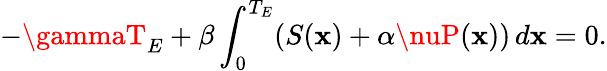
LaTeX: -\gammaT_{E}+\beta\int_{0}^{T_{E}}(S(\mathbf{x})+\alpha\nuP(\mathbf{x}))\, d\mathbf{x}=0.